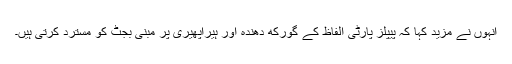
انہوں نے مزید کہا کہ پیپلز پارٹی الفاظ کے گورکھ دھندہ اور ہیراپھیری پر مبنی بجٹ کو مسترد کرتی ہیں۔